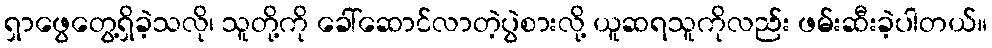
ရှာဖွေတွေ့ရှိခဲ့သလို၊ သူတို့ကို ခေါ်ဆောင်လာတဲ့ပွဲစားလို့ ယူဆရသူကိုလည်း ဖမ်းဆီးခဲ့ပါတယ်။